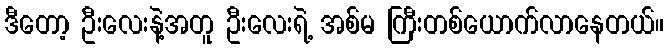
ဒီတော့ ဦးလေးနဲ့အတူ ဦးလေးရဲ့ အစ်မ ကြီးတစ်ယောက်လာနေတယ်။